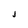
Character: j